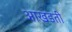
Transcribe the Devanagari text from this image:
आखडती